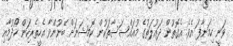
ވަނީ ހިމަނާފަ އެވެ. އެގޮތުން ދައުލަތުގެ މުއައްސަސާތަކުން ކޮމިޝަނަށް ބޭނުންވާ އެހީތެރިކަން ހޯދުމާއި